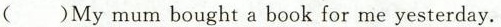
( )Mymum bought a book for me yesterday.